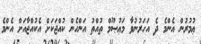
ޢުމުރުން އެންމެ ދެ އަހަރުނުވާ މަޢުޞޫމް ތުއްތު އަންހެން ކުއްޖަކަށް އެކުއްޖާއަށް އެންމެ